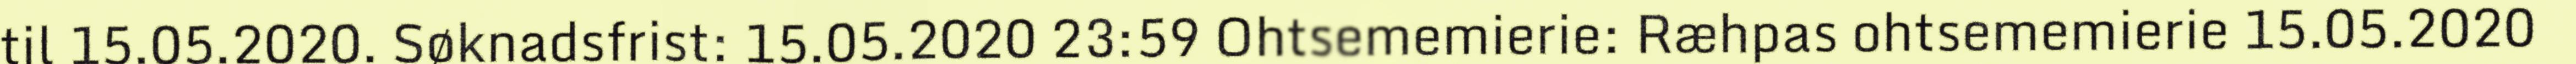
til 15.05.2020. Søknadsfrist: 15.05.2020 23:59 Ohtsememierie: Ræhpas ohtsememierie 15.05.2020